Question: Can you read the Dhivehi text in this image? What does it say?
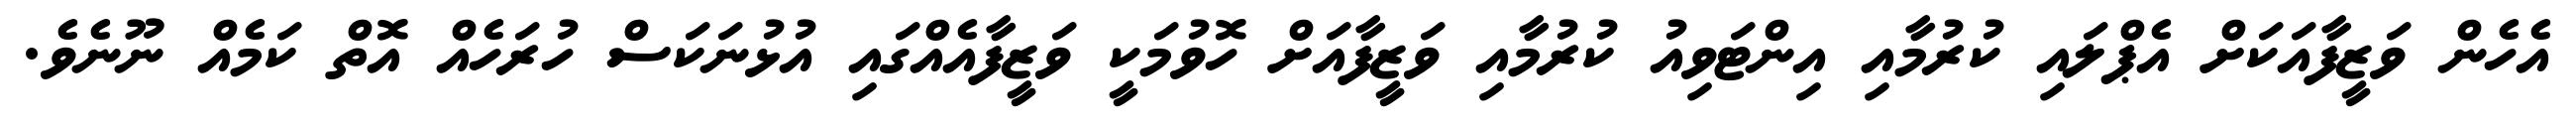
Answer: އެހެން ވަޒީފާއަކަށް އެޕްލައި ކުރުމާއި އިންޓަވިއު ކުރުމާއި ވަޒީފާއަށް ހޮވުމަކީ ވަޒީފާއެއްގައި އުޅުނަކަސް ހުރަހެއް އޮތް ކަމެއް ނޫނެވެ.